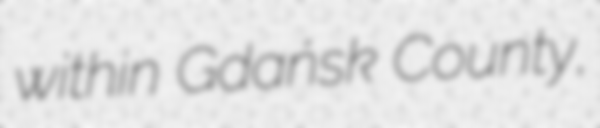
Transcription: within Gdańsk County,